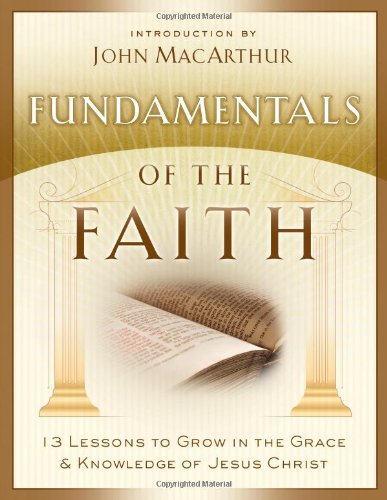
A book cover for Fundamentals of the Faith: 13 Lessons to Grow in the Grace and Knowledge of Jesus Christ; Christian Books & Bibles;